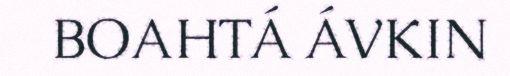
BOAHTÁ ÁVKIN